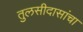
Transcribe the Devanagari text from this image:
तुलसीदासांचा